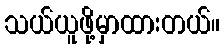
သယ်ယူဖို့မှာထားတယ်။